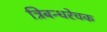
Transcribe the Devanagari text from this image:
त्रिबन्धरेचक